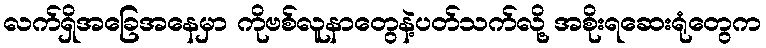
လက်ရှိအခြေအနေမှာ ကိုဗစ်လူနာတွေနဲ့ပတ်သက်လို့ အစိုးရဆေးရုံတွေက